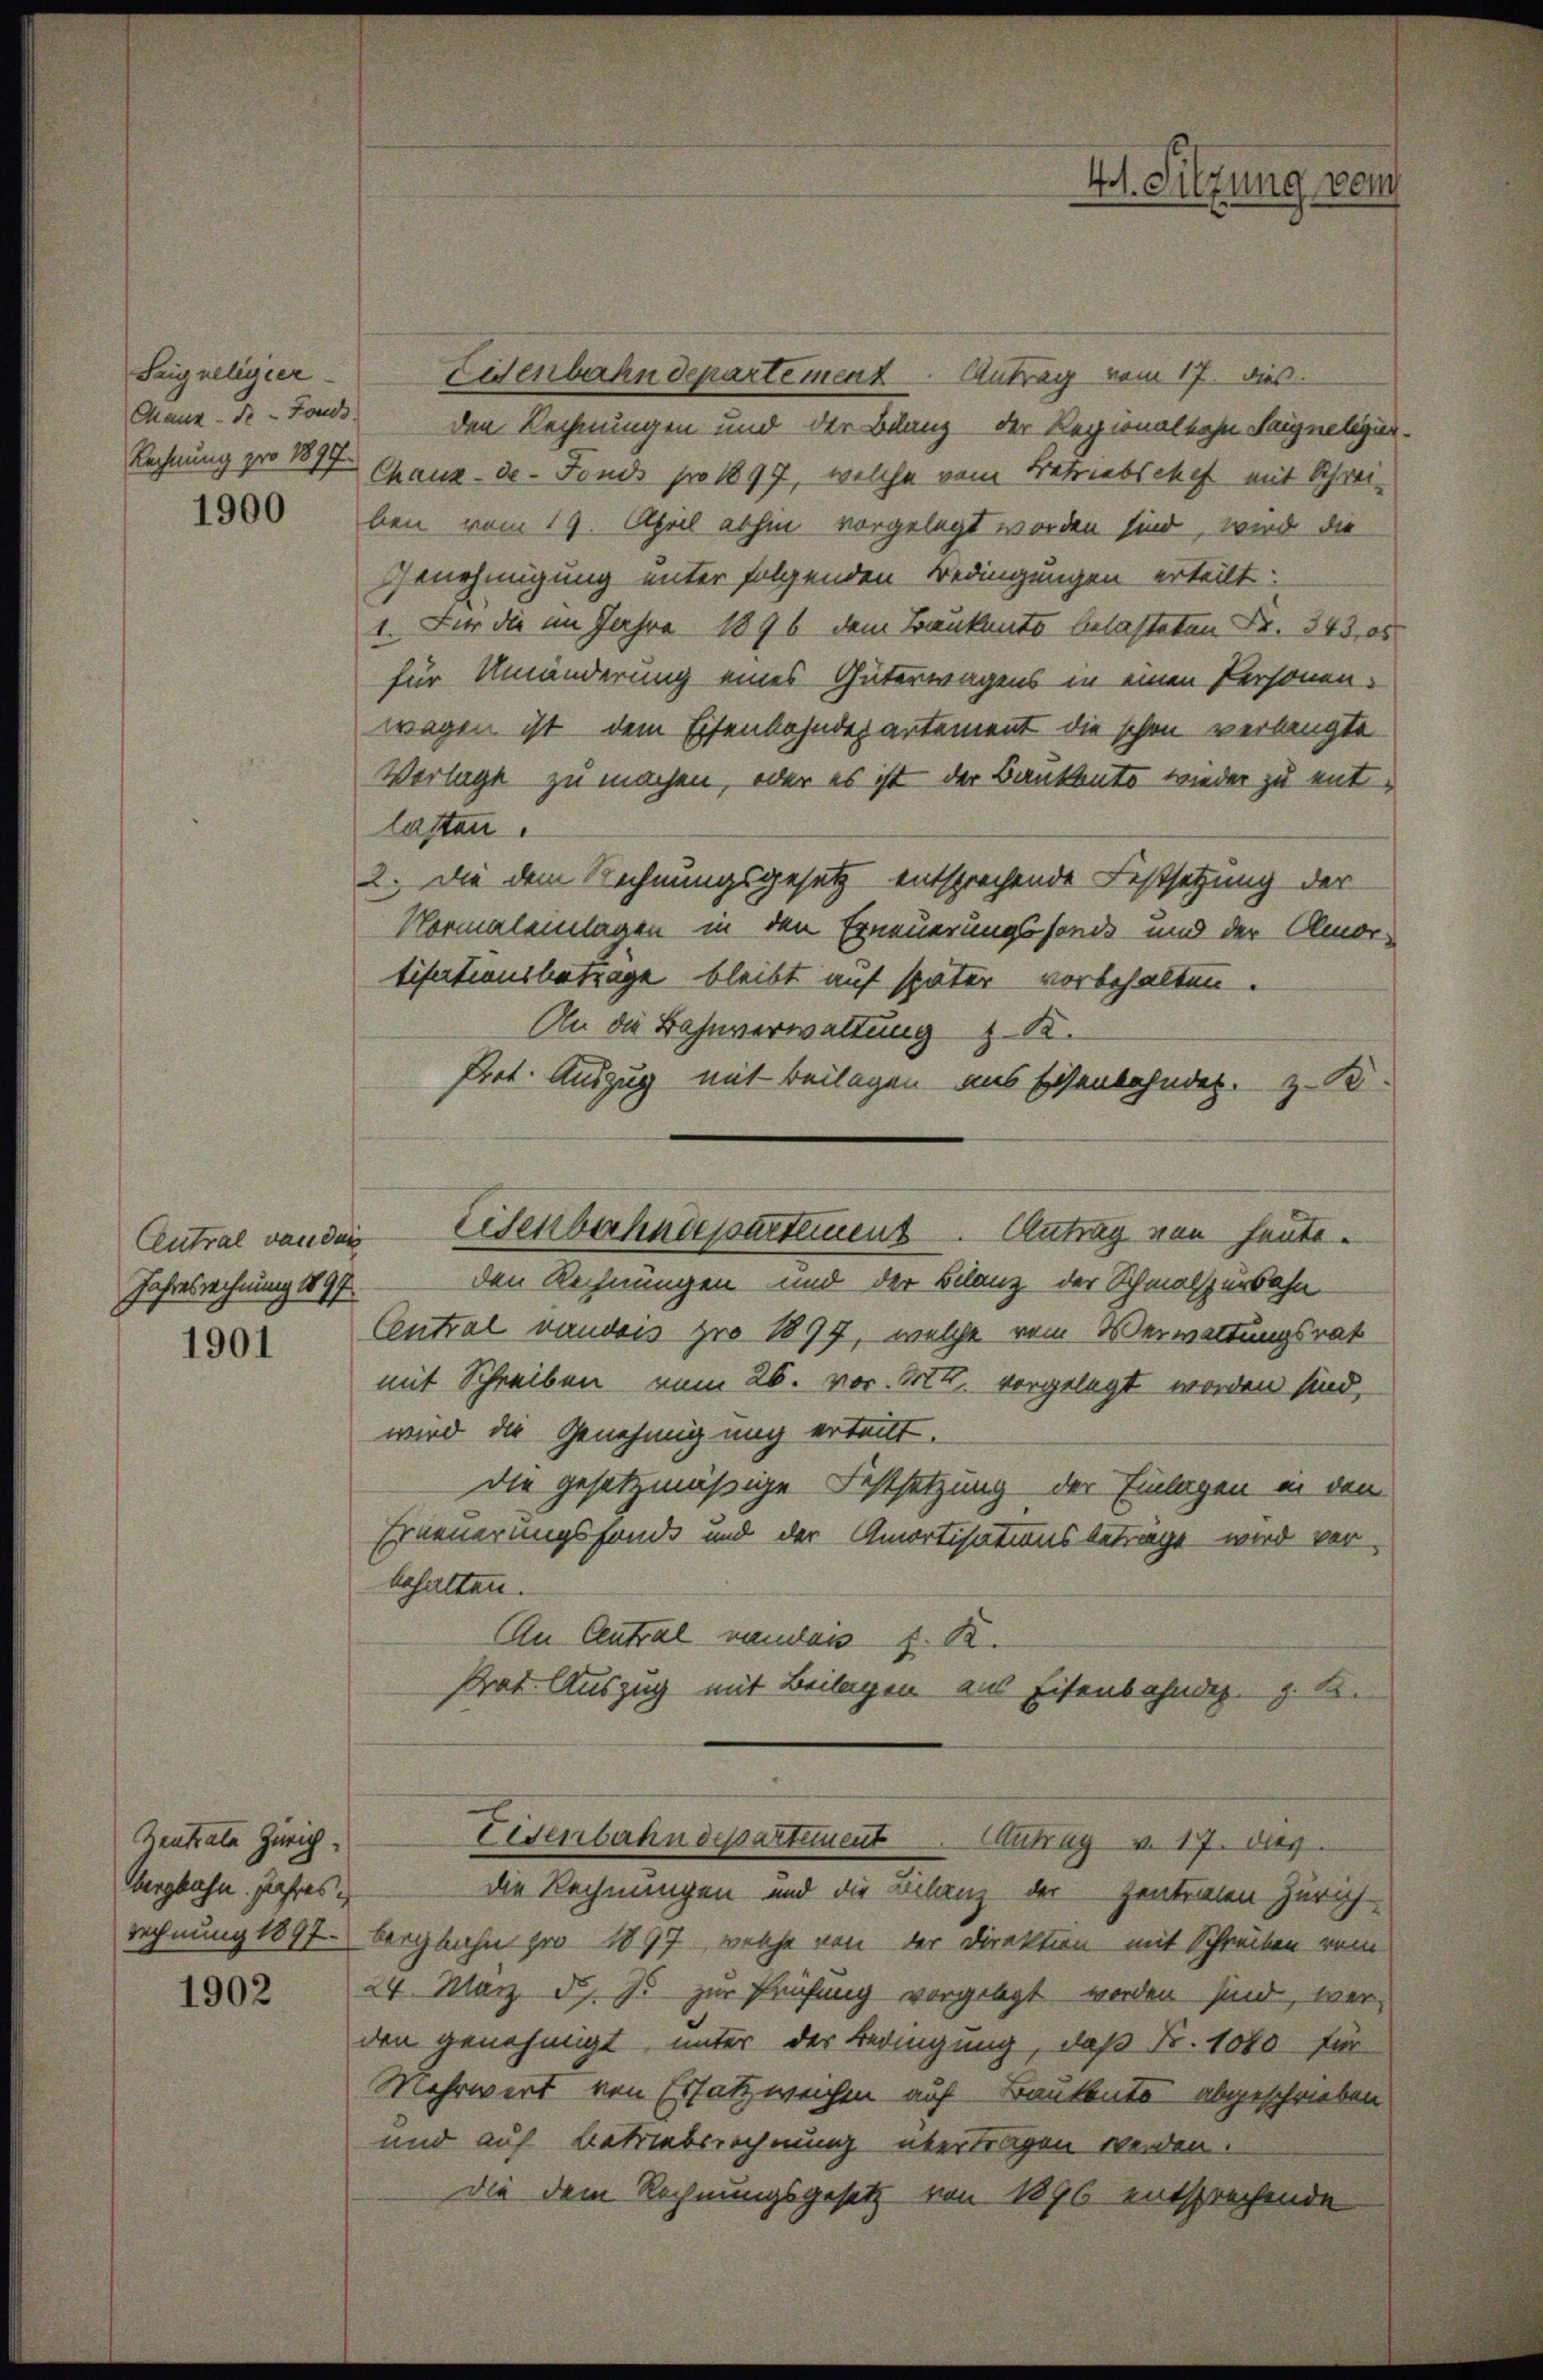
Saig religier
Chaux-de-Fonds.

Jahres wohnung 1897
1901

Zentrate Zürich.
Obergbahn. Jahres
Rechnung 1897

1902

Eisenbahndepartement. Antrag vom 17. dies
den Rechnungen und der Bilanz der Regionalbahn Haigneligir¬
Rechnung pro 1877. Chaux-de-Fonds pro 1897, welche vom Betriebschef mit Schrei-
1900 bei vom 19. April abhin vorgelegt worden sind, wird die
Genehmigung unter folgenden Bedingungen erteilt:
1. Für die im Jahre 1896 dem Baukanto belasteten Fr. 343, es
für Umänderung eines Güterwagens in einen Personen-
wegen ist dem Eisenbahndepartement die schon verlangte
Verlage zu machen, oder es ist der Bankonto wieder zu entlasten.
2. Die dem Rechnungsgesetz entsprechende Festsetzung der
Normalenlagen in den Erneuerungsfonde und der Amor-
tisationsbetrage bleibt auf später vorbehalten.
An die Bahnverwaltung z. B.
Pret. Auszug mit Beilagen aus Eisenbahnder. z. B.
Central von der Eisenbahndepartement. Antrag von heuteden Rechnungen und der Bilanz der Schmalspurbahn-
Central vaudois pro 1897, welche vom Verwaltungsrat
mit Schreiben vom 26. vor. Mtt. vorgelegt worden sind,
wird die Genehmigung erteilt.
die gesetzmäßige Festsetzung der Einlagen in den
Erneuerungsfonds und der Amortisationsbetrage wird vor-
behalten.
An Central vaudois S. 12.
Prat Auszug mit Beilagen aus Eisenbahndep. g. K.

die Rechnungen und die Bilanz der Zentreten Zürich
bergbahn pro 1897, welche von der Direktion mit Schreiben vom
24. März d. J. zur Prüfung vorgelegt werden sind, werden genehmigt, unter der Bedingung, daß Fr. 1040 für
Mehrwert von Ersatz weichen auf Bankents abgeschrieben
und auf Betriebsrechnung übertragen werden.
Die dem Rechnungsgesetz von 1896 entsprechende

4t. Sitzung vom

Eisenbahndepartement Antrag v. 17. dies